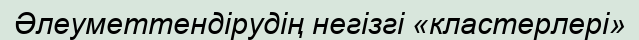
Әлеуметтендірудің негізгі «кластерлері»